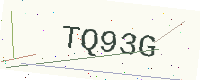
Text: TQ93G